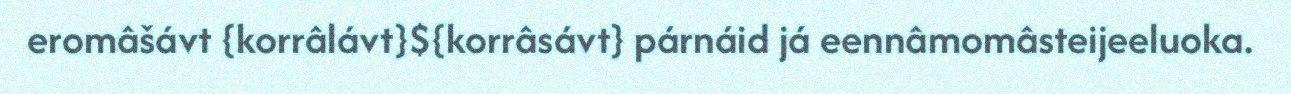
eromâšávt {korrâlávt}${korrâsávt} párnáid já eennâmomâsteijeeluoka.